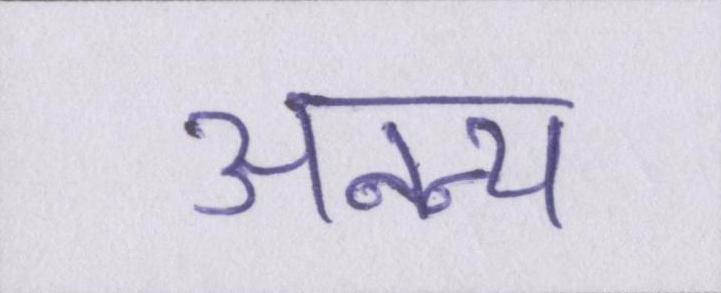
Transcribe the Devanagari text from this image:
अनन्य